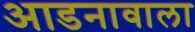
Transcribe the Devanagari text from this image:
आडनावाला